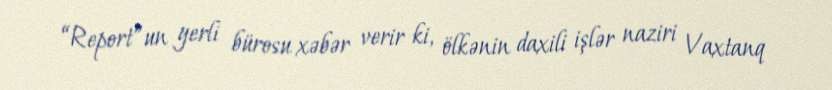
“Report”un yerli bürosu xəbər verir ki, ölkənin daxili işlər naziri Vaxtanq